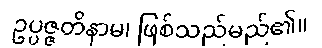
ဥပ္ပဇ္ဇတိနာမ၊ ဖြစ်သည်မည်၏။